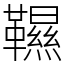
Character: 韅